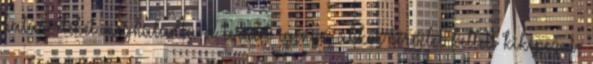
határértékét meghaladta a terület igénye, akkor törőélet kellett kiképezni,